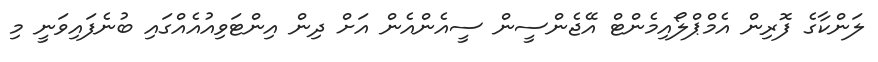
ލަންކާގެ ފޮރިން އެމްޕްލޯއިމެންޓް އޭޖެންސީން ސީއެންއެން އަށް ދިން އިންޓަވިއުއެއްގައި ބުނެފައިވަނީ މި